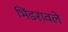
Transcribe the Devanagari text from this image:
भिंडरावले